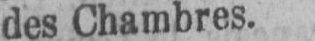
des Chambres.